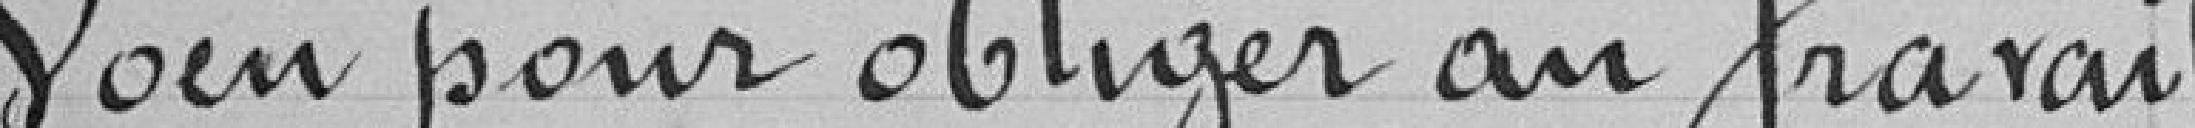
Voeu pour obliger au travail